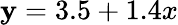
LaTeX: \mathbf{y}=3.5+1.4x